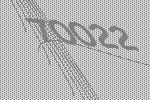
70022